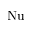
\mathrm { N u }